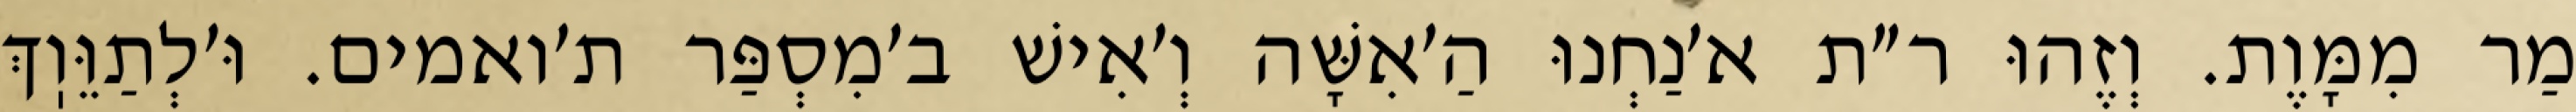
מַר מִמָּוֶת. וְזֶהוּ ר״ת א׳נַחְנוּ הַ׳אִשָּׁה וְ׳אִישׁ ב׳מִסְפַּר ת׳ואמים. וּ׳לְתַוֵּוֽךְ